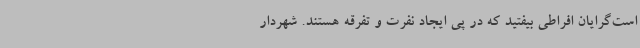
است‌گرایان افراطی بیفتید که در پی ایجاد نفرت و تفرقه هستند. شهردار